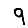
Digit: 9